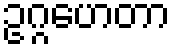
ဥဂ္ဂဟေတာ